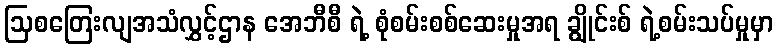
ဩစတြေးလျအသံလွှင့်ဌာန အေဘီစီ ရဲ့ စုံစမ်းစစ်ဆေးမှုအရ ချွိုင်းစ် ရဲ့စမ်းသပ်မှုမှာ